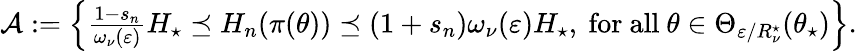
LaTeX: \begin{array}{r}{\mathcal{A}:=\left\{ \frac{1-s_{n}}{\omega_{\nu}(\varepsilon)}H_{\star}\preceq H_{n}(\pi(\theta))\preceq(1+s_{n})\omega_{\nu}(\varepsilon)H_{\star},\mathrm{~for~all~}\theta\in\Theta_{\varepsilon/R_{\nu}^{\star}}(\theta_{\star})\right\} .}\end{array}